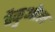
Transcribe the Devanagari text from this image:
वैकुओल